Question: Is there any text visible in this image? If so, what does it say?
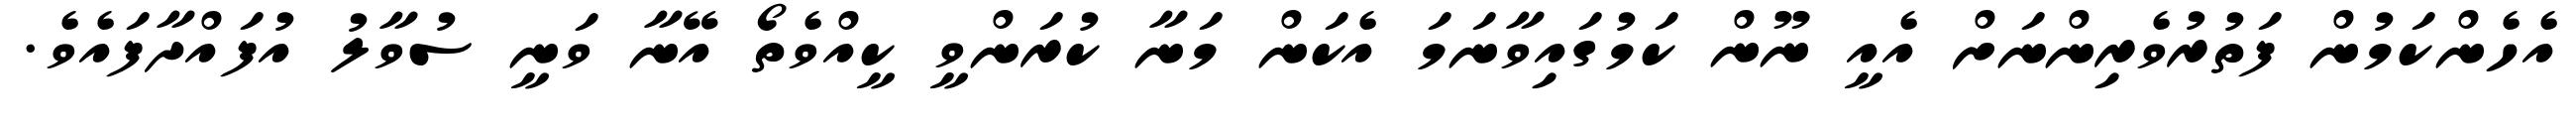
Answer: އެހެންކަމުން ފަތުރުވެރިންނަށް އެއީ ނޫން ކަމުގައިވާނަމަ އެކަން މަނާ ކުރަންވީ ކީއްވެތޯ އޭނާ ވަނީ ސުވާލު އުފައްދާފައެވެ.